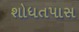
શોધતપાસ